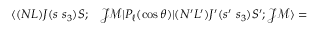
\begin{array} { r l } { \langle ( N L ) J ( s ~ s _ { 3 } ) S ; } & { { } \mathcal { J } \mathcal { M } | P _ { \ell } ( \cos \theta ) | ( N ^ { \prime } L ^ { \prime } ) J ^ { \prime } ( s ^ { \prime } ~ s _ { 3 } ) S ^ { \prime } ; \mathcal { J } \mathcal { M } \rangle = } \end{array}